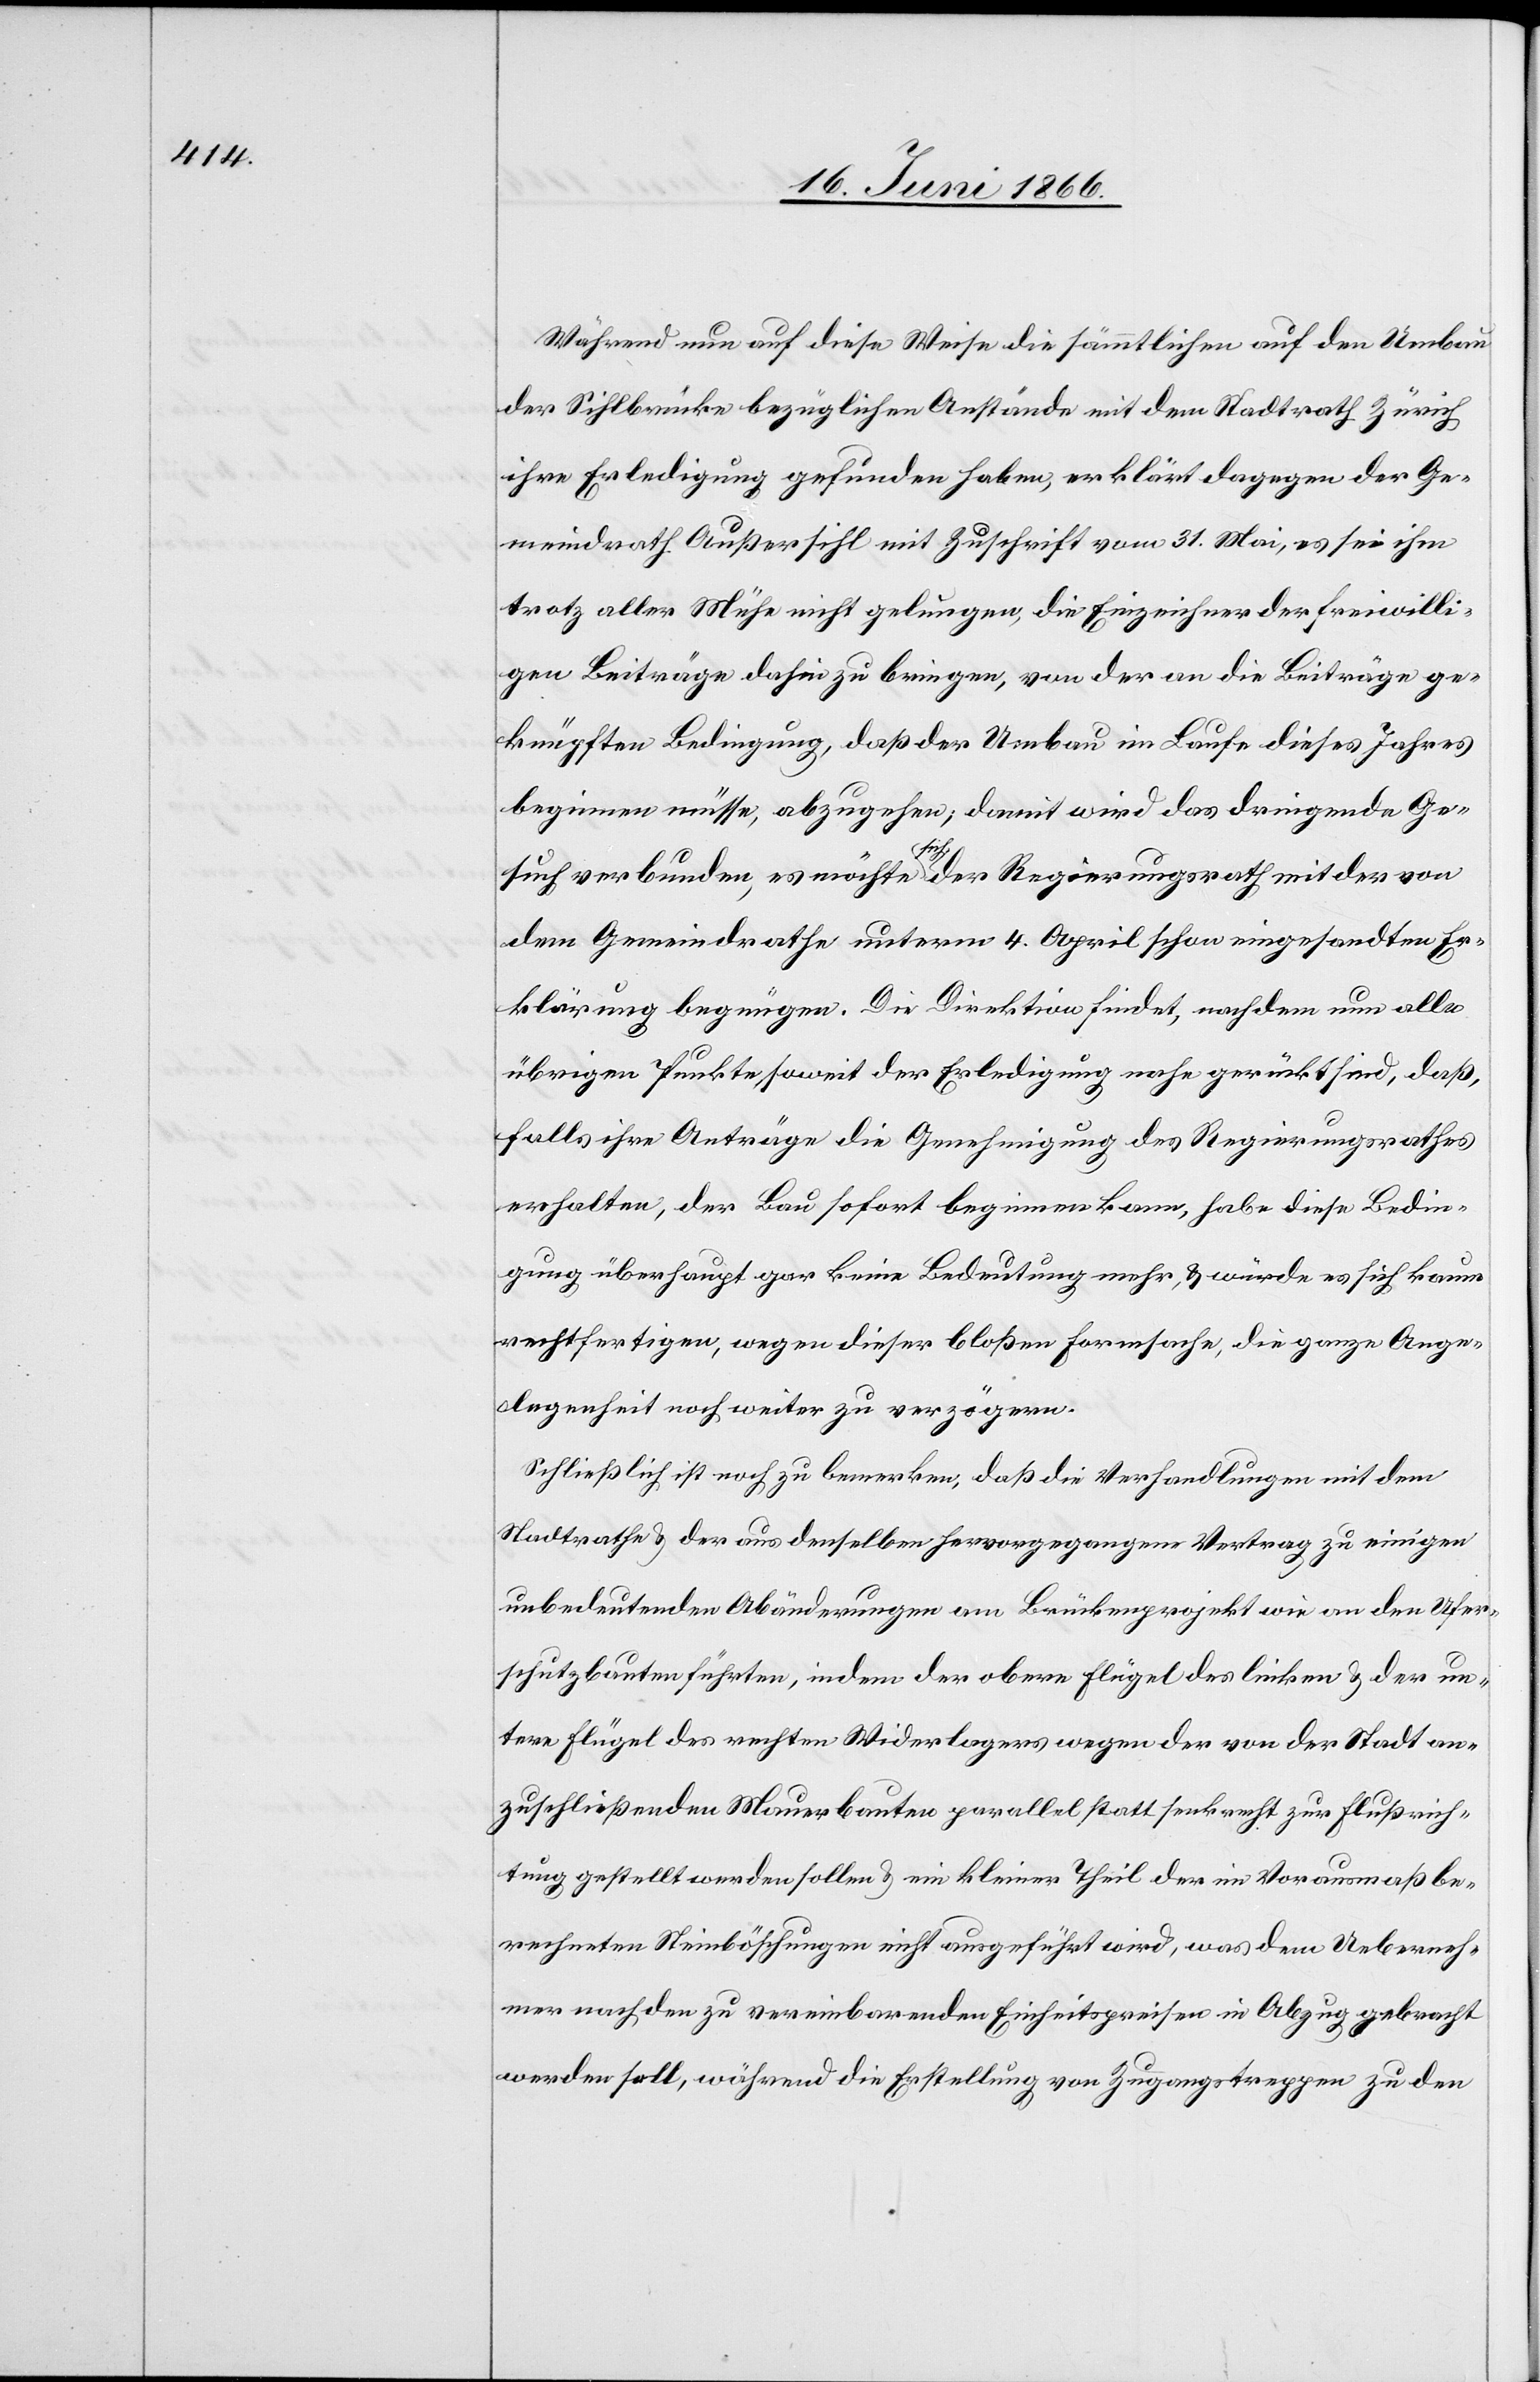
Während nun auf diese Weise die sämmtlichen auf den Umbau
der Sihlbrücke bezüglichen Anstände mit dem Stadtrath Zürich
ihre Erledigung gefunden haben, erklärt dagegen der Ge¬
meindrath Außersihl mit Zuschrift vom 31. Mai, es sei ihm
trotz aller Mühe nicht gelungen, die Einzeichner der freiwilli¬
gen Beiträge dahin zu bringen, von der an die Beiträge ge¬
knüpften Bedingung, daß der Umbau im Laufe dieses Jahres
beginnen müsse, abzugehen, damit wird das dringende Ge¬
such verbunden, es möchte sich der Regierungsrath mit der von
dem Gemeindrathe unterm 4. April schon eingesandten Er¬
klärung begnügen. Die Direktion findet, nachdem nun alle
übrigen Punkte soweit der Erledigung nahe gerückt sind, daß,
falls ihre Anträge die Genehmigung des Regierungsrathes
erhalten, der Bau sofort beginnen kann, habe diese Bedin¬
gung überhaupt gar keine Bedeutung mehr, u. würde es sich kaum
rechtfertigen, wegen dieser bloßen Formsache, die ganze Ange¬
legenheit noch weiter zu verzögern.
Schließlich ist noch zu bemerken, daß die Verhandlungen mit dem
Stadtrathe u. der aus demselben hervorgegangene Vertrag zu einigen
unbedeutenden Abänderungen am Brückenprojekt wie an den Ufer¬
schutzbauten führten, indem der obere Flügel des linken u. der un¬
tere Flügel des rechten Widerlagers wegen der von der Stadt an¬
zuschließenden Mauerbauten parallel statt senkrecht zur Flußrich¬
tung gestellt werden sollen u. ein kleiner Theil der im Vorausmaß be¬
rechneten Steinböschungen nicht ausgeführt wird, was dem Ueberneh¬
mer nach dem zu vereinbarenden Einheitspreisen in Abzug gebracht
werden soll, während die Erstellung von Zugangstreppen zu den